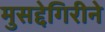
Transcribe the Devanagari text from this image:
मुसद्देगिरीने